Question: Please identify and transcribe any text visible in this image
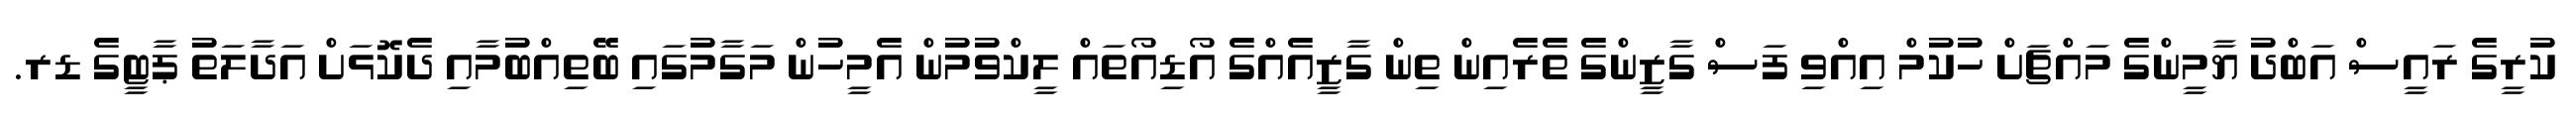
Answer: ކުރީގެ ރައީސް އަބްދު ޔާމީންގެ މައްޗަށް ހުކުމް އިއްވި ފަސް ގާޒީންގެ ތެރެއިން ތިން ގާޒީއެއްގެ އޯޑިއޯތައް ލީކްވުމުން އެމީހުން މަގާމުގައި ބޭތިއްބުމާއި ދެކޮޅަށް އަދާލަތު ޕާޓީގެ ޑރ.